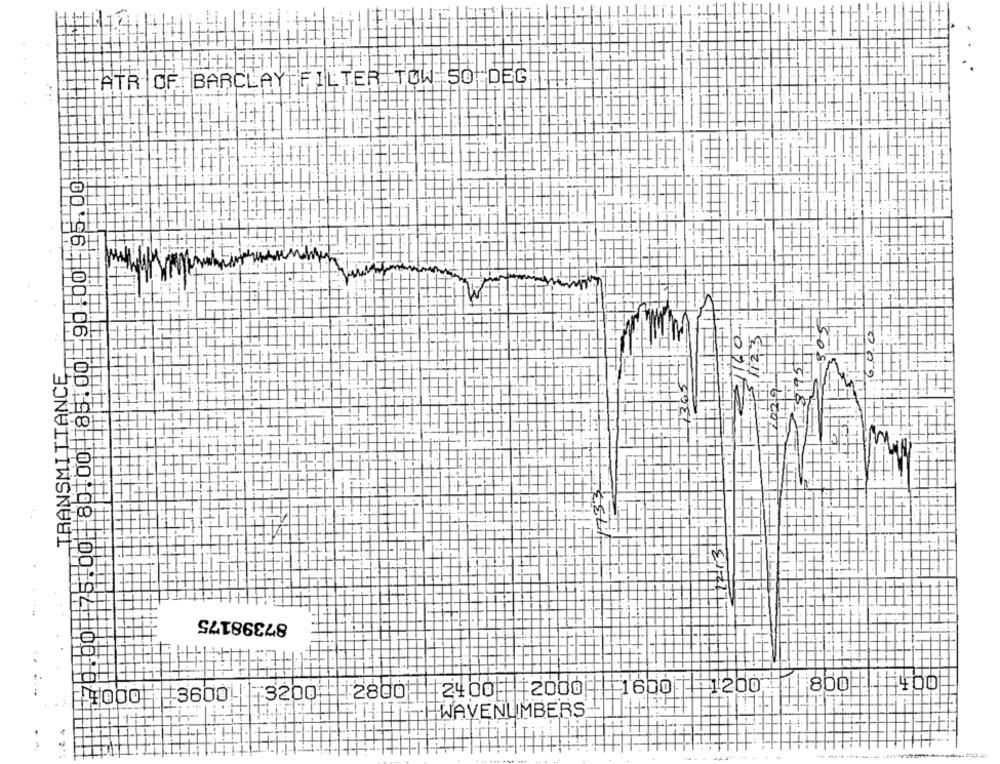
ATR OFT BARCLAY FILTER TOW 50 DEG
02
TRANSMITTANCE
#
İTF
87398175
0:96 100 06 00 88: 00 108 100192 10010
1200
1 800 400
3600 3200 2800 2400 2000
1600
WAVE NUMBERS